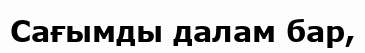
Сағымды далам бар,